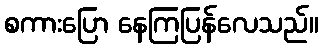
စကားပြော နေကြပြန်လေသည်။